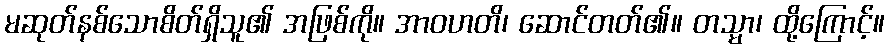
မဆုတ်နစ်သောစိတ်ရှိသူ၏ အဖြစ်ကို။ အာဝဟတိ၊ ဆောင်တတ်၏။ တသ္မာ၊ ထို့ကြောင့်။